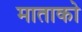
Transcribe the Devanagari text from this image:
माताको